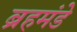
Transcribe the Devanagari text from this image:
ब्रहमंडे